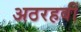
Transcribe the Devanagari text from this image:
अठरहवीं